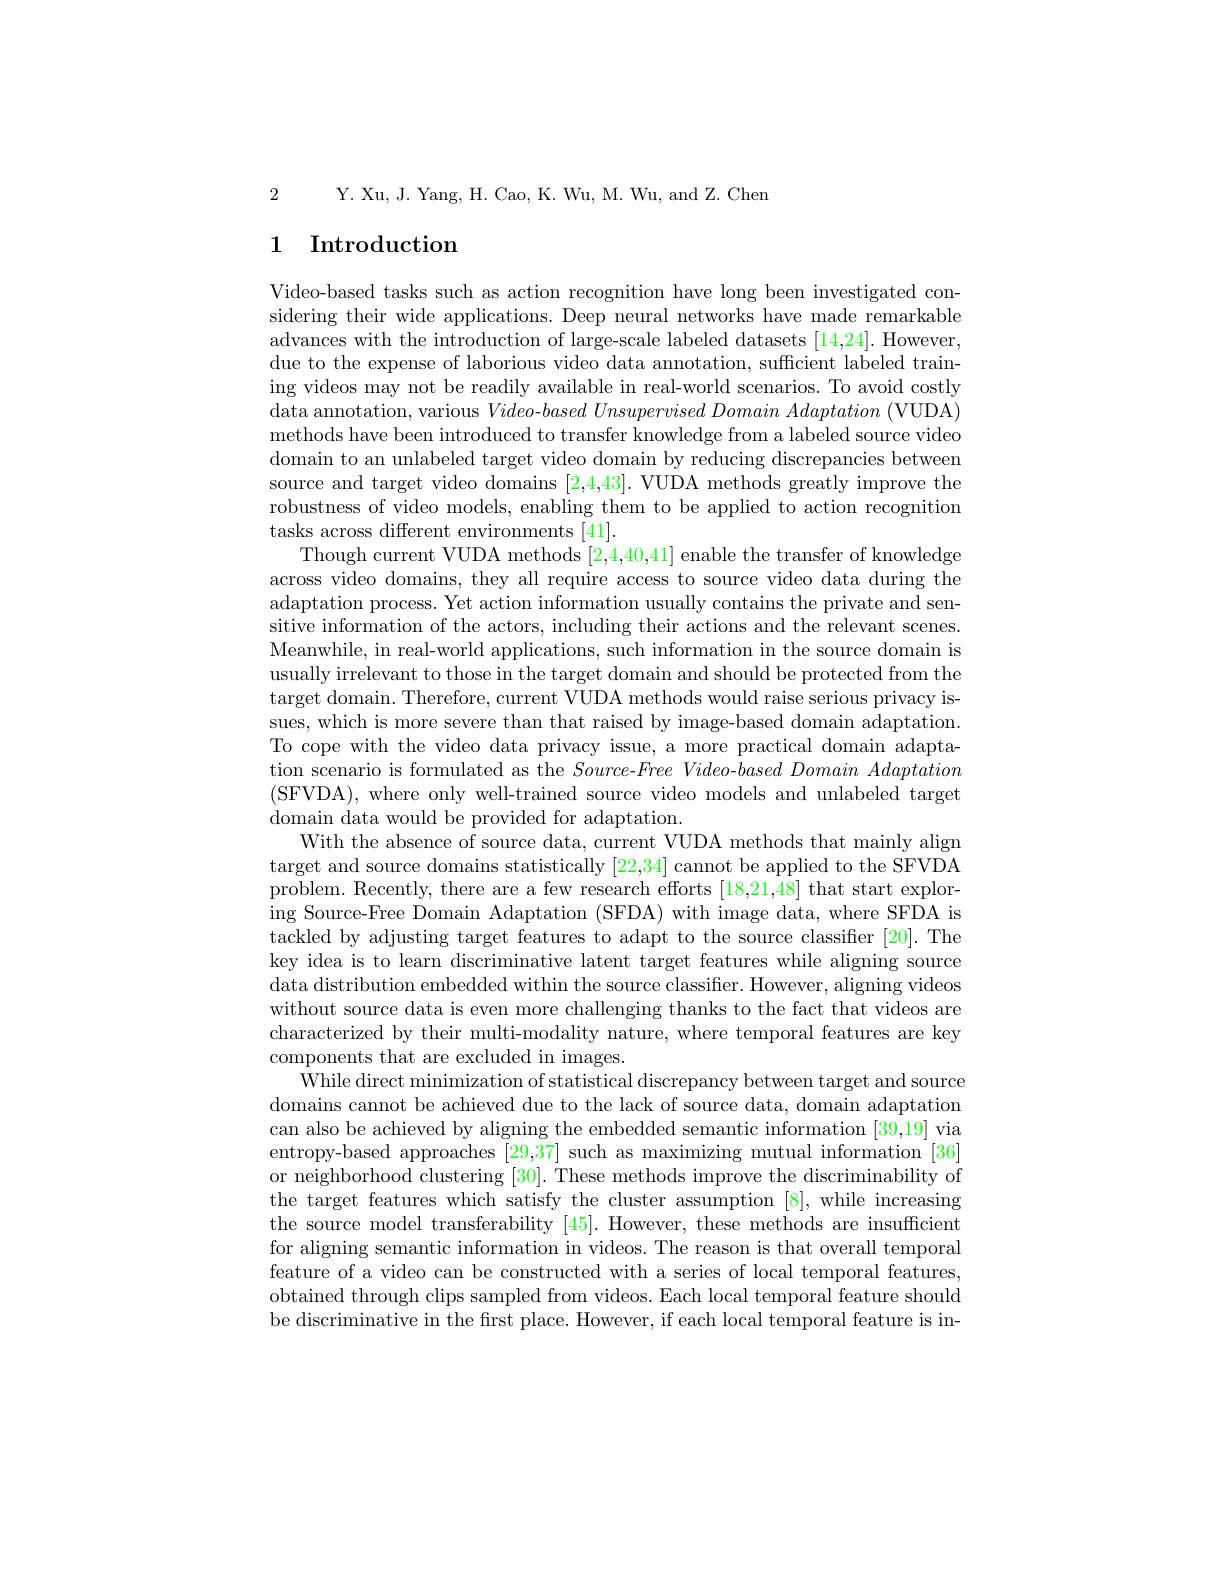
Y. Xu, J. Yang, H. Cao, K. Wu, M. Wu, and Z. Chen

2

## 1 Introduction

Video-based tasks such as action recognition have long been investigated considering their wide applications. Deep neural networks have made remarkable advances with the introduction of large-scale labeled datasets [14,24]. However, due to the expense of laborious video data annotation, sufficient labeled training videos may not be readily available in real-world scenarios. To avoid costly data annotation, various Video-based $Unsupervised\textit{ Domain Adaptation ( VUDA) }$ methods have been introduced to transfer knowledge from a labeled source video domain to an unlabeled target video domain by reducing discrepancies between source and target video domains [2,4,43]. VUDA methods greatly improve the robustness of video models, enabling them to be applied to action recognition tasks across different environments [41].
Though current VUDA methods [2,4,40,41] enable the transfer of knowledge across video domains, they all require access to source video data during the adaptation process. Yet action information usually contains the private and sensitive information of the actors, including their actions and the relevant scenes. Meanwhile, in real-world applications, such information in the source domain is usually irrelevant to those in the target domain and should be protected from the target domain. Therefore, current VUDA methods would raise serious privacy issues, which is more severe than that raised by image-based domain adaptation. To cope with the video data privacy issue, a more practical domain adaptation scenario is formulated as the Source-$Free\textit{Video- based Domain Adaptation}$ (SFVDA),where only well-trained source video models and unlabeled target domain data would be provided for adaptation.
With the absence of source data, current VUDA methods that mainly align target and source domains statistically [22,34] cannot be applied to the SFVDA problem. Recently, there are a few research efforts [18,21,48] that start exploring Source-Free Domain Adaptation (SFDA) with image data, where SFDA is tackled by adjusting target features to adapt to the source classifier [20].The key idea is to learn discriminative latent target features while aligning source data distribution embedded within the source classifier. However, aligning videos without source data is even more challenging thanks to the fact that videos are characterized by their multi-modality nature, where temporal features are key components that are excluded in images.
While direct minimization of statistical discrepancy between target and source domains cannot be achieved due to the lack of source data, domain adaptation can also be achieved by aligning the embedded semantic information [39,19] via entropy-based approaches [29,37] such as maximizing mutual information [36] or neighborhood clustering [30]. These methods improve the discriminability of the target features which satisfy the cluster assumption [8], while increasing the source model transferability [45]. However, these methods are insufficient for aligning semantic information in videos. The reason is that overall temporal feature of a video can be constructed with a series of local temporal features, obtained through clips sampled from videos. Each local temporal feature should be discriminative in the first place. However, if each local temporal feature is in-